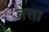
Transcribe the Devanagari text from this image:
तत्ता